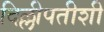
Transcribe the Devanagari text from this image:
दिल्लीपतीशी